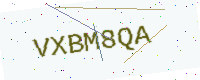
Text: VXBM8QA